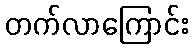
တက်လာကြောင်း